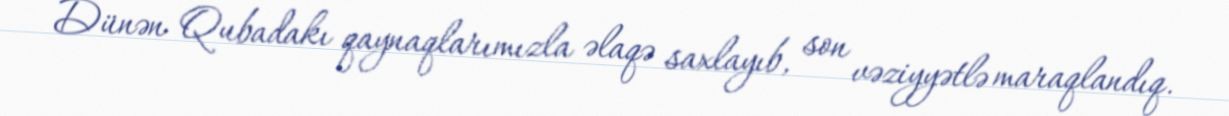
Dünən Qubadakı qaynaqlarımızla əlaqə saxlayıb, son vəziyyətlə maraqlandıq.